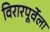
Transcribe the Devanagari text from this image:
विरारपूर्वेला